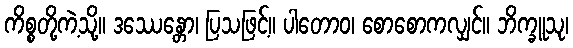
ကိစ္စတို့ကဲ့သို့။ ဒဿေန္တော၊ ပြသဖြင့်။ ပါတောဝ၊ စောစောကလျှင်။ ဘိက္ခူသု၊